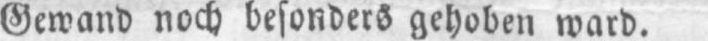
Gewand noch besonders gehoben ward.